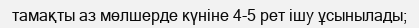
тамақты аз мөлшерде күніне 4-5 рет ішу ұсынылады;